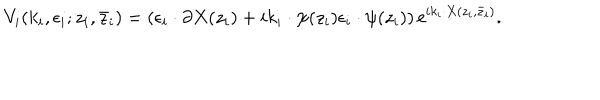
V _ { i } ( k _ { i } , \epsilon _ { i } ; z _ { i } , \bar { z } _ { i } ) = ( \epsilon _ { i } \cdot \partial X ( z _ { i } ) + i k _ { i } \cdot \psi ( z _ { i } ) \epsilon _ { i } \cdot \psi ( z _ { i } ) ) \, \mathrm { e } ^ { i k _ { i } \cdot X ( z _ { i } , \bar { z } _ { i } ) } .